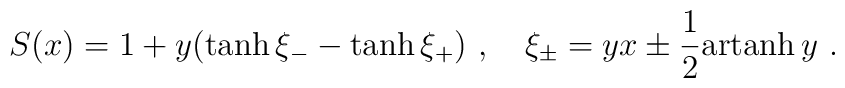
S(x)=1+y (\tanh \xi_{-} -\tanh \xi_{+} )\ , \quad \xi_{\pm}=yx\pm \frac{1}{2} {\rm artanh}\, y \ .